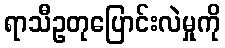
ရာသီဥတုပြောင်းလဲမှုကို